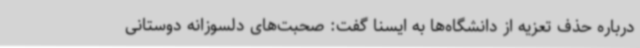
درباره حذف تعزیه از دانشگاه‌ها به ایسنا گفت: صحبت‌های دلسوزانه دوستانی